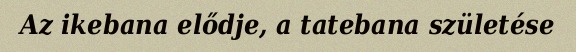
Az ikebana elődje, a tatebana születése